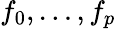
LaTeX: f_{0},\ldots,f_{p}